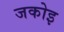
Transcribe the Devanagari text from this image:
जकोइ